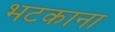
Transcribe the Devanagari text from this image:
भटकाना